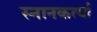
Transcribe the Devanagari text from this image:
स्नानकर्त्या